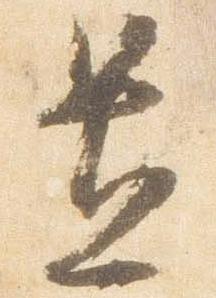
置